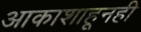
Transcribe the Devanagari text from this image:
आकाशाहूनही